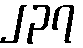
၂၃၇